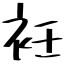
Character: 衽